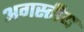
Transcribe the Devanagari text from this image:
अगस्तीय